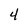
Character: 4